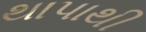
થાપાથી